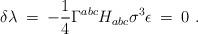
LaTeX: \begin{align*} \delta \lambda \: = \: - \frac{1}{4} \Gamma^{abc} H_{abc} \sigma^3 \epsilon \: = \: 0 \ .\end{align*}